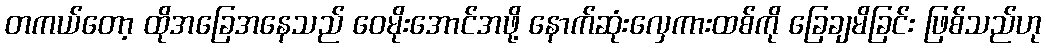
တကယ်တော့ ထိုအခြေအနေသည် ဝေမိုးအောင်အဖို့ နောက်ဆုံးလှေကားထစ်ကို ခြေချမိခြင်း ဖြစ်သည်ဟု